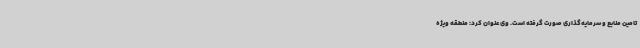
تامین منابع و سرمایه‌گذاری صورت گرفته است. وی عنوان کرد: منطقه ویژه